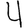
Digit: 4